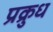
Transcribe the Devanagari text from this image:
प्रक्रुध